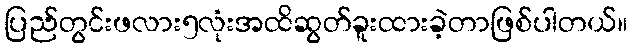
ပြည်တွင်းဖလား၅လုံးအထိဆွတ်ခူးထားခဲ့တာဖြစ်ပါတယ်။